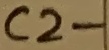
Text: C2-